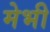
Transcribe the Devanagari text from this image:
मेभी